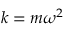
k = m \omega ^ { 2 }